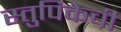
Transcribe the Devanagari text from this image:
स्तुपिकेची